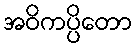
အဝိကပ္ပိတော